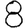
Digit: 8